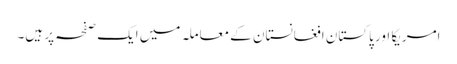
امریکا اور پاکستان افغانستان کے معاملہ میں ایک صفحہ پر ہیں۔